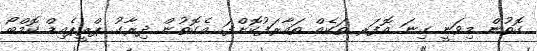
ގޮތުން މިވަނީ ގިނަ އޮފަރ ތަކެއް ތައާރަފުކޮށްފަ. އެގޮތުން ދިރާގު ޕްރީޕެއިޑް ކޮމްބޯ